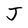
Character: J